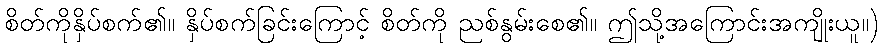
စိတ်ကိုနှိပ်စက်၏။ နှိပ်စက်ခြင်းကြောင့် စိတ်ကို ညစ်နွမ်းစေ၏။ ဤသို့အကြောင်းအကျိုးယူ။)